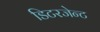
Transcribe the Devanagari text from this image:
डिटरजेन्ट